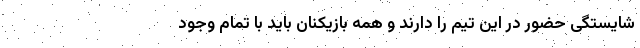
شایستگی حضور در این تیم را دارند و همه بازیکنان باید با تمام وجود